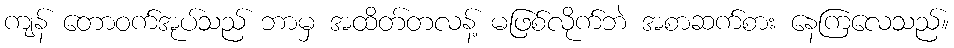
ကျန် တောဝက်အုပ်သည် ဘာမှ အထိတ်တလန့် မဖြစ်လိုက်ဘဲ အစာဆက်စား နေကြလေသည်။